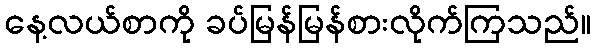
နေ့လယ်စာကို ခပ်မြန်မြန်စားလိုက်ကြသည်။